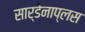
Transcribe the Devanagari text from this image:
सार्डेनाप्लस